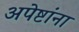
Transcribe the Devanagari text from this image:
अपेष्टांना